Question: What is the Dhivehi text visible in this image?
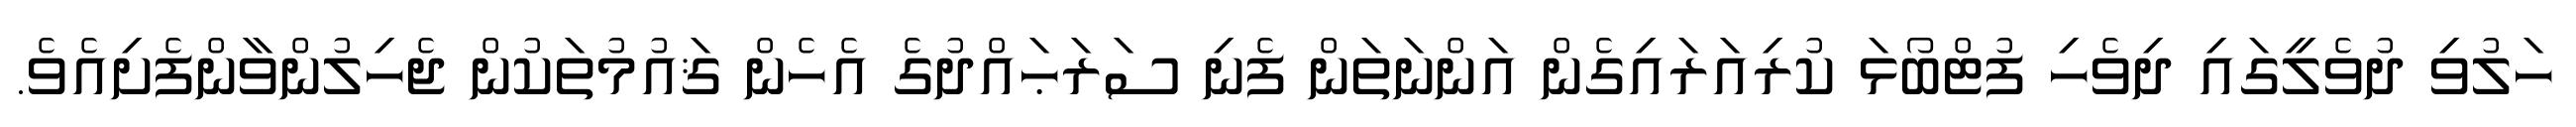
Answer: ހަލުވި ދުވެލީގައި ދިވެހި ފުޓްބޯޅަ ކުރިއަރައިގެން އަންނަތަން ފެނި ސަރަޙައްދުގެ އެހެން ޤައުމުތަކުން ޖެހިލުންވާންފެށިއެވެ.